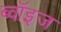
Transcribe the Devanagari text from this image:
ब्वॉइज